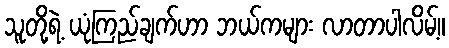
သူတို့ရဲ့ ယုံကြည်ချက်ဟာ ဘယ်ကများ လာတာပါလိမ့်။